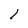
Character: 1